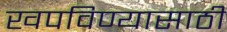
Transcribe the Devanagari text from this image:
खपविण्यासाठी